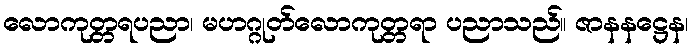
လောကုတ္တရပညာ၊ မဟဂ္ဂုတ်လောကုတ္တရာ ပညာသည်။ ဇာနနဋ္ဌေန၊